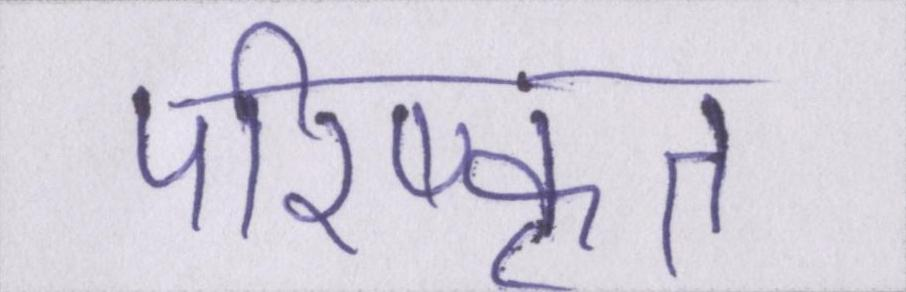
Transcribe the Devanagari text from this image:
परिष्कृत